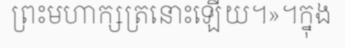
ព្រះមហាក្សត្រនោះឡើយ។»។ក្នុង